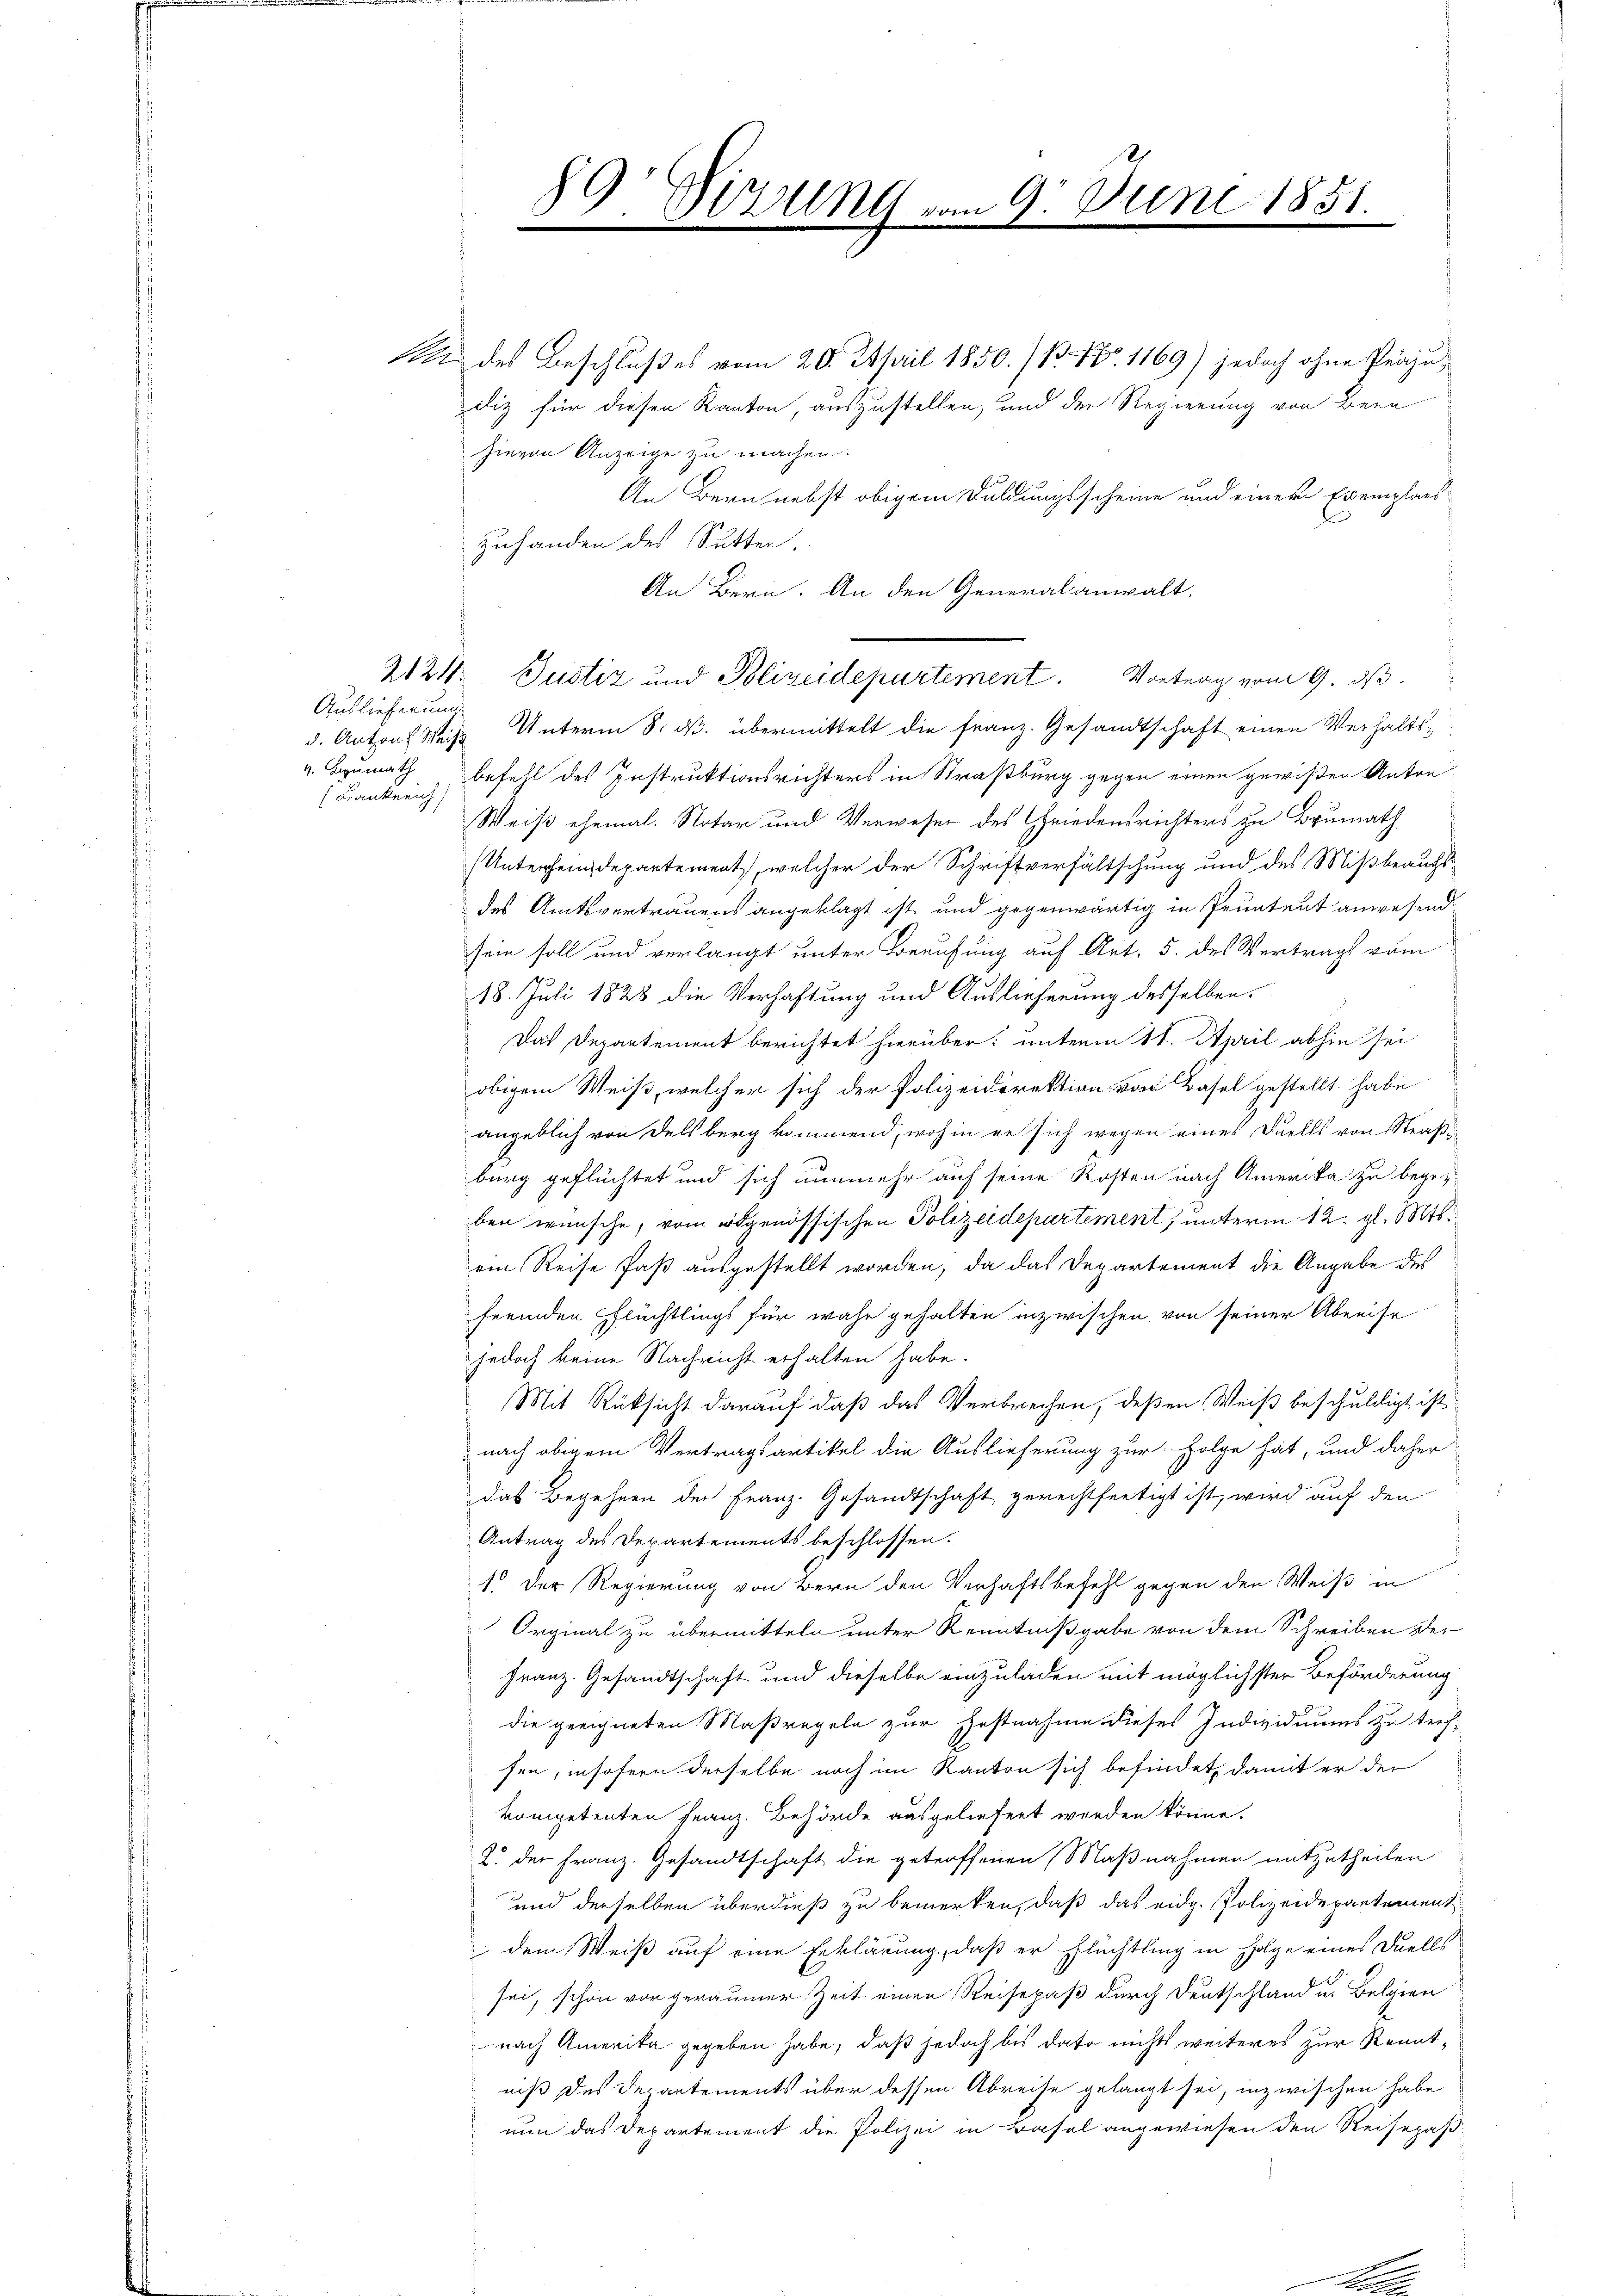
Auslieferung
d. Antons Weise
Bankreich,

h
2Mlt vom 9. Juni 1851.
1.
)
.
.
.

des Beschlußes vom 20. April 1850./1. No. 1169) jedoch ohne Perzudiz für diesen Kanton, auszustellen, und der Regierung von Bern
hievon Anzeige zu machen.
An Bern nebst obigem Duldungsscheine und einer Exemplars
Zuhanden des Sutter.
An Bern. An den Generalanwalt.
Unterm 8. ds. übermittelt die Franz. Gesandtschaft einen Verhaltsv. Baumath befell des Instruktionsrichters in Straßburg gegen einen gewißen Anton¬
Weiß ehemal. Notar und Verweser des Griedensrichters zu Brumath
Unterhindepartement, welcher der Schriftverfältschung und des Mißbrauchsdes Amtsvertrauens angeklagt ist und gegenwärtig in Pruntrut anwesend,
sein soll und verlangt unter Berufung auf Art. 5. des Vertrags vom
18. Juli 1828 die Verhaftung und Auslieferung desselben,
Das Departement berichtet hierüber; unterm 11. April abhin sei
obigem Weiß, welcher sich der Polizeidirektion von Basel gestellt habe
angeblich von Delsberg kommend, wohin er sich wegen eines Duells von Straße
burg geflüchtet und sich nunmehr auf seine Kosten nach Amerika zu begeben wünsche, vom eidgenössischen Polizeidepartement, unterm 12. gl. Mts.
ein Reise saß ausgestellt worden, da das Departement die Angabe des
fremden Flüchtlings für wahr gehalten inzwischen von seiner Abreise
jedoch keine Nachricht erhalten habe.
Mit Rüksicht darauf daß das Verbrechen, deßen Weiß beschuldigt ist
nach obigem Vertragsartikel die Auslieferung zur Folge hat, und daher
das Begehren der Franz. Gesandtschaft gerechtfertigt ist, wird auf den
Antrag des Departements beschlossen.
1. Der Regierung von Bern den Verhaftsbefehl gegen den Weiß in
Orginal zu übermitteln unter Kenntnißgabe von dem Schreiben der
Franz. Gesandtschaft und dieselbe einzuladen mit möglichster Beförderung
die geeigneten Maßregeln zur Festnahme dieses Individuums zu tref-
sen, insofern derselbe noch im Kanton sich befindet, damit er der
kompetenten Franz. Behörde ausgeliefert werden könne.
2. der Franz. Gesandtschaft die getroffenen Maßnahmen mitzutheilen
und derselben überdieß zu bemerken, daß das eidg. Polizeidepartement
 dem Weiß auf eine Erklärung, daß er Flüchtung in Folge eines Duell
sei, schon vor geraumer Zeit einen Reisepaß durch Deutschland u. Belgien
nach Amerika gegeben habe, daß jedoch bis dato nichts weiteres zur Kenntniß des Departements über dessen Abreise gelangt sei, inzwischen habe
nun das Departement die Polizei in Basel angewiesen den Reisepaß-

2124. Justiz und Polizeidepartement. Vortrag vom 9. ds.